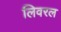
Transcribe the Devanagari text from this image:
लिवरल